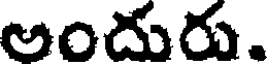
అందురు.